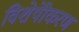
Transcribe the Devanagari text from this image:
विशेषीेकरण